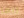
ربما